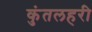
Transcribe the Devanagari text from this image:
कुंतलहरी